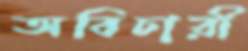
অবিচারী